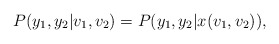
\begin{align*} P(y_1,y_2|v_1,v_2) = P(y_1,y_2|x(v_1,v_2)),\end{align*}